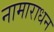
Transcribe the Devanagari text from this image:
नामाराधन